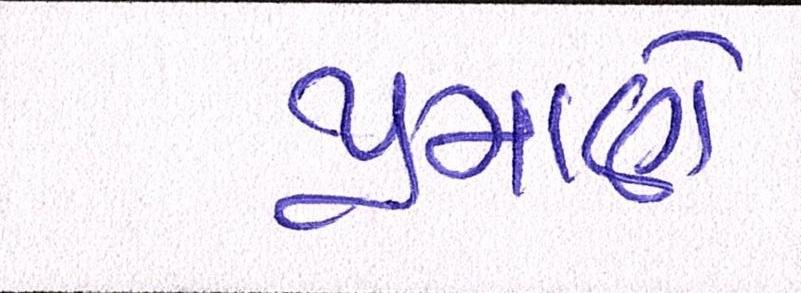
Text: પ્રમાણે